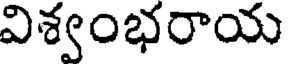
విశ్వంభరాయ